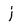
Character: j